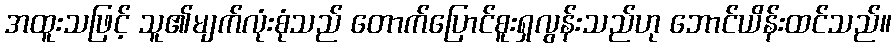
အထူးသဖြင့် သူ၏မျက်လုံးစုံသည် တောက်ပြောင်စူးရှလွန်းသည်ဟု ဘောင်ယိန်းထင်သည်။